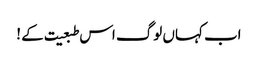
اب کہاں لوگ اس طبعیت کے !